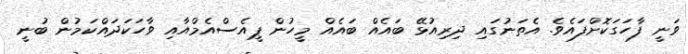
ވަނީ ފާހަގަކޮށްފައެވެ. އެތަނުގައި ދިރިއުޅޭ ބައެއް ބައެއް މީހުން ޕީއެސްއެމްއާއި ވާހަކަދައްކަމުން ބުނީ